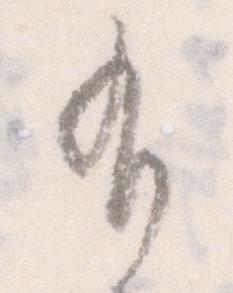
有